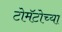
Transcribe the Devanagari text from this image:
टोमॅटोच्या